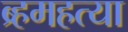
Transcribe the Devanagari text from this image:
ब्र्हमहत्या